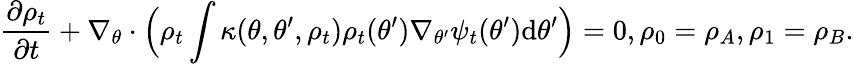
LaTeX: \frac{\partial\rho_{t}}{\partial t}+\nabla_{\theta}\cdot\Bigl(\rho_{t}\int\kappa(\theta,\theta^{\prime},\rho_{t})\rho_{t}(\theta^{\prime})\nabla_{\theta^{\prime}}\psi_{t}(\theta^{\prime})\mathrm{d}\theta^{\prime}\Bigr)=0,\rho_{0}=\rho_{A},\rho_{1}=\rho_{B}.